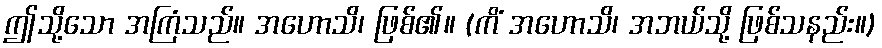
ဤသို့သော အကြံသည်။ အဟောသိ၊ ဖြစ်၏။ (ကိံ အဟောသိ၊ အဘယ်သို့ ဖြစ်သနည်း။)